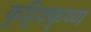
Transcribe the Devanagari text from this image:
कुट्टिक्कृष्ण